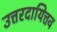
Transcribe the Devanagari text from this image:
उत्तरदायित्तव